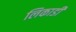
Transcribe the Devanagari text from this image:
लिकाडी